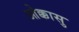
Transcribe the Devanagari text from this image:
ओक्कासु